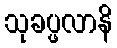
သုခပ္ဖလာနိ